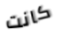
كانت